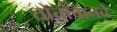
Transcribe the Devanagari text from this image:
तोत्तोचानचे